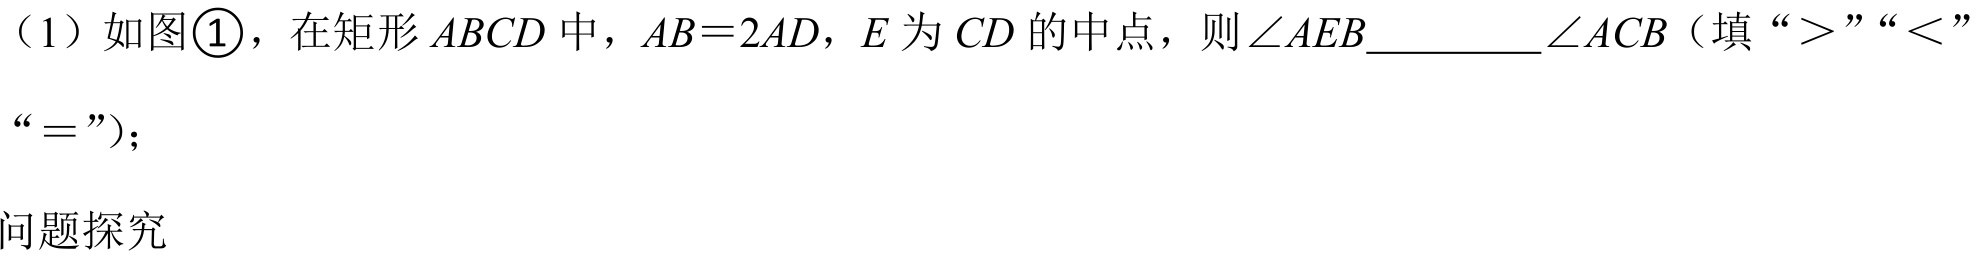
（1）如图\textcircled{1}，在矩形$ABCD$中，$AB = 2AD$，$E$为$CD$的中点，则$\angle AEB$________$\angle ACB$（填“$>$”“$<$”“$=$”）；

问题探究